system: You are a helpful assistant.
user:
Analyze the provided spectrum to determine if it is a **Carbon Star (C-type)**.

- **Key Visual Indicators of Carbon Star:**
    - **(Primary):** Strong molecular absorption from **C₂ (diatomic carbon) "Swan Bands."** This is the **defining feature** of a carbon star.
        - **(Key Bandheads):** Sharp absorption edges are visible at approximately $5635$ Å, $5165$ Å (the strongest band), and $4737$ Å.
        - **(Line Profile):** Creates a distinct **"saw-tooth"** pattern. The key morphology is a sharp, steep bandhead on the **red (long-wavelength) side**, which then gradually tapers off (i.e., flux recovers) towards the **blue (short-wavelength) side**. *(This is the direct opposite of the TiO bands seen in M-type stars)*.

    - **(Secondary):** Intense **CN (cyanogen)** molecular absorption bands.
        - **(Key Bandheads):** Located in the blue and violet regions of the spectrum (e.g., near $4215$ Å and $3883$ Å).
        - **(Morphology):** These bands are extremely broad and act as a "blanket," absorbing the vast majority of blue and violet light. This creates a characteristic **"cliff"** or **"steep drop-off"** in the spectrum's flux at short wavelengths.

    - **(Key Confirmation):** Strong **CH absorption band (G-band)**.
        - **(Key Bandhead):** Located around $4300$ Å. The contribution from CH molecules to this band is exceptionally strong.

    - **(Overall Spectrum):**
        - The continuum is severely "chopped up" by these deep molecular bands, especially C₂, rather than appearing as a smooth curve.
        - Due to the heavy CN and C₂ absorption in the blue-green, the vast majority of the star's flux is concentrated in the red part of the spectrum, giving the star its characteristic deep red color.

Think first, call **spectral_visualization_tool** if needed to examine features in detail, then provide your final answer. Your response must adhere to the following strict rules:
1.  **Overall Structure:** Your response must follow the format `<think>...</think> <tool_call>...</tool_call> (if a tool is used) <answer>...</answer>`.
2.  **Tool Usage Constraint:** You may only make **one** tool call per turn.
3.  **Final Answer Format:** In the `<answer>` tag, your conclusion must be inside a `\boxed{}` command (e.g., `\boxed{YES}`), followed by your justification.

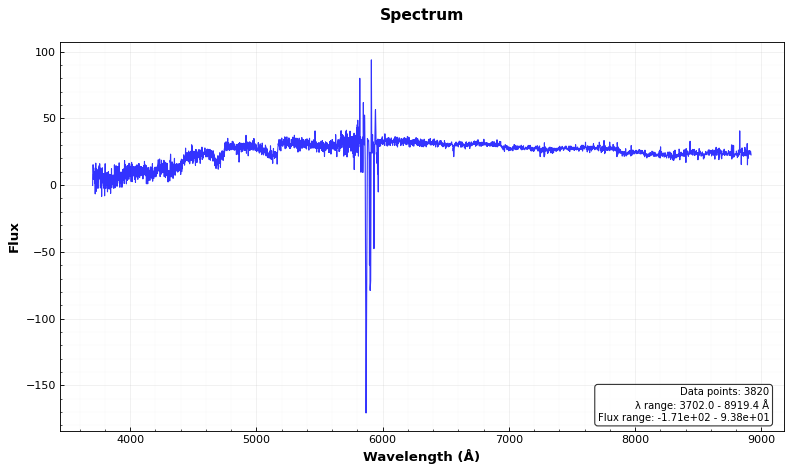
Answer: YES